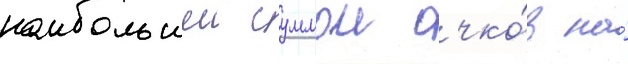
наибольшеи суммои очко́в на́